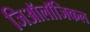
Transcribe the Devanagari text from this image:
जिऑलॉजिकल